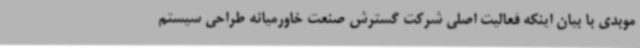
موبدی با بیان اینکه فعالیت اصلی شرکت گسترش صنعت خاورمیانه طراحی سیستم